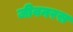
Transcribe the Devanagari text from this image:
जीवनरस